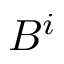
B ^ { i }